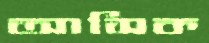
আসিক